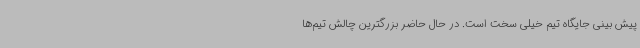
پیش بینی جایگاه تیم خیلی سخت است. در حال حاضر بزرگترین چالش تیم‌ها